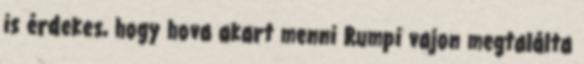
is érdekes, hogy hova akart menni Rumpi vajon megtalálta